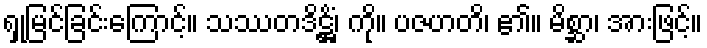
ရှုမြင်ခြင်းကြောင့်။ သဿတဒိဋ္ဌိံ၊ ကို။ ပဇဟတိ၊ ၏။ မိစ္ဆာ၊ အားဖြင့်။